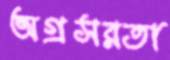
অগ্রসরতা